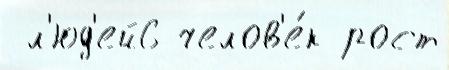
 л'юд'ей6 челов'е́к рост